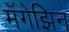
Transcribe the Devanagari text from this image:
मॅगेझिन